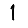
Digit: 1